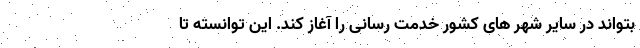
بتواند در سایر شهر های کشور خدمت رسانی را آغاز کند. این توانسته تا